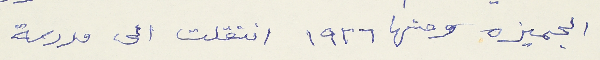
الجميزه ومنها ١٩٢٦ انتقلت الى مدرسة